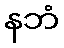
နဘံ